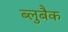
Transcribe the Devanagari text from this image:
ब्लुबैक